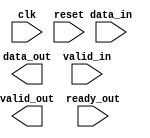
module AXI_controller(
    input wire clk,            // clock input
    input wire reset,          // reset input
    input wire [7:0] data_in,  // input data
    output reg [7:0] data_out, // output data
    input wire valid_in,       // input data valid signal
    output reg valid_out,      // output data valid signal
    input wire ready_out       // output data ready signal
);

// Timing control and synchronization logic goes here

endmodule